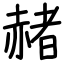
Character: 赭